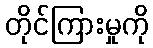
တိုင်ကြားမှုကို